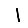
Digit: 1